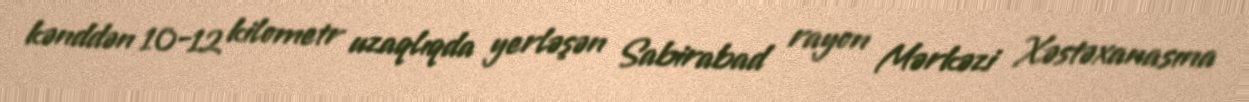
kənddən 10-12 kilometr uzaqlıqda yerləşən Sabirabad rayon Mərkəzi Xəstəxanasına